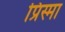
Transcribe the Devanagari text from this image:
प्रिस्मा